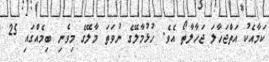
ކަމާއެކު އަތްޖަހާލަ ޖަހާލާތޯ އެވެ. ހުޅުމާލޭގެ ނުވަތަ މާލޭގެ މިވެނި ބިމެއްގައި 25